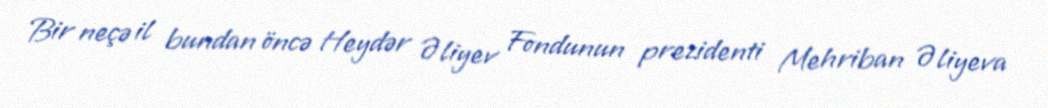
Bir neçə il bundan öncə Heydər Əliyev Fondunun prezidenti Mehriban Əliyeva